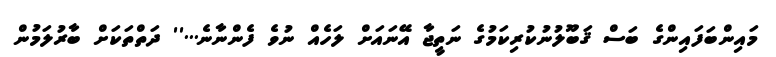
މައިންބަފައިންގެ ބަސް ޤަބޫލުނުކުރިކަމުގެ ނަތީޖާ އޭނައަށް ލަހެއް ނުވެ ފެންނާނެ...'' ދަތްތަކަށް ބާރުލަމުން